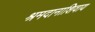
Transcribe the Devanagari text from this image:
श्रमदानाशिवाय